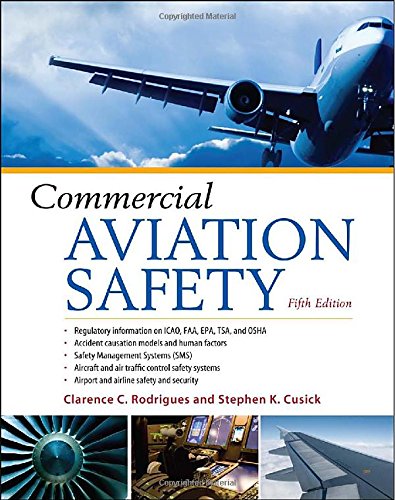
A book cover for Commercial Aviation Safety, 5th Edition; Clarence Rodrigues; Engineering & Transportation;